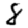
Digit: 8